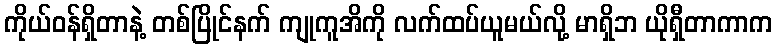
ကိုယ်ဝန်ရှိတာနဲ့ တစ်ပြိုင်နက် ကျုကူအိကို လက်ထပ်ယူမယ်လို့ မာရှိဘ ယိုရှီတာကာက